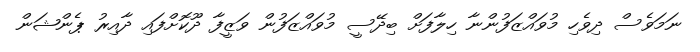
ނަމަވެސް ދިވެހި މުވައްޒަފުންނާ ހިލާފަށް ބިދޭސީ މުވައްޒަފުން ވަޒީފާ ދޫކޮށްފައި ދާއިރު ޕެންޝަން